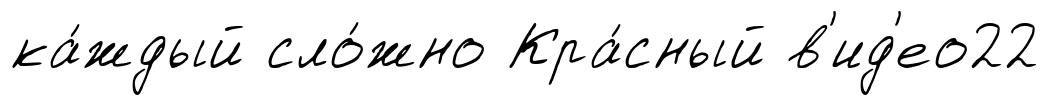
ка́ждый сло́жно Кра́сный в'ид'ео22